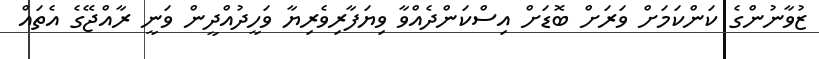
ޒުވާނުންގެ ކަންކަމަށް ވަރަށް ބޮޑަށް އިސްކަންދެއްވާ ވިޔަފާރިވެރިޔާ ވަހީދުއްދީން ވަނީ ރާއްޖޭގެ އެތައް